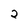
Character: 2